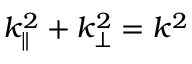
k _ { \parallel } ^ { 2 } + k _ { \perp } ^ { 2 } = k ^ { 2 }